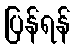
ပြန်ရန်